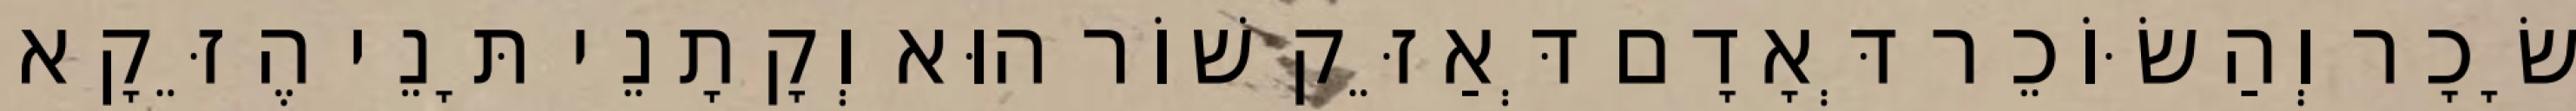
שָׂכָר וְהַשּׂוֹכֵר דְּאָדָם דְּאַזֵּק שׁוֹר הוּא וְקָתָנֵי תָּנֵי הֶזֵּקָא